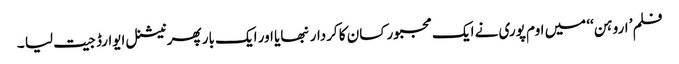
فلم’ اروہن‘‘ میں اوم پوری نے ایک مجبور کسان کا کردار نبھایا اور ایک بار پھر نیشنل ایوارڈ جیت لیا ۔